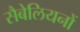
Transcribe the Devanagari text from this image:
सैबेलियनों